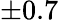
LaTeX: \pm 0.7